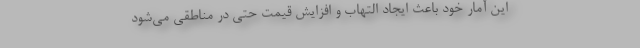
این آمار خود باعث ایجاد التهاب و افزایش قیمت حتی در مناطقی می‌شود